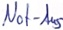
Text: Not-Aus